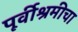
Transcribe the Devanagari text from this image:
पूर्वीश्रमीचा